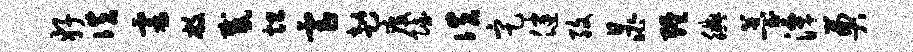
好佚霎敝感坦虐趑疫赋佚定健孜晁缠腆薹潭奠